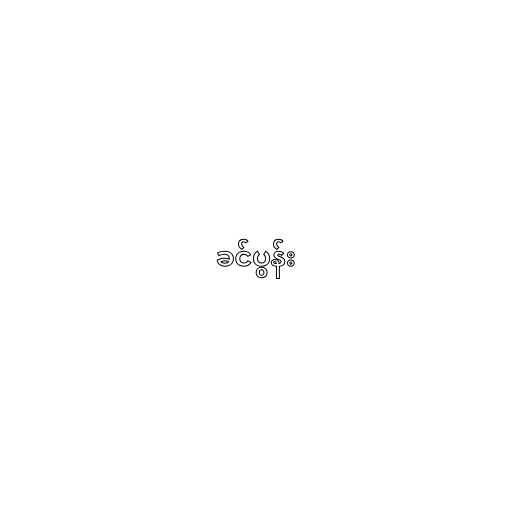
ခင်ပွန်း